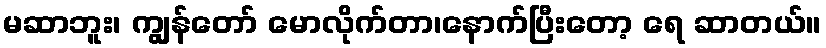
မဆာဘူး၊ ကျွန်တော် မောလိုက်တာ၊နောက်ပြီးတော့ ရေ ဆာတယ်။